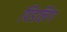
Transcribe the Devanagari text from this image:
र्पिडलिंग